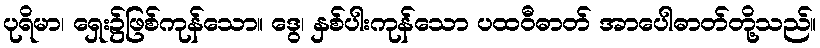
ပုရိမာ၊ ရှေး၌ဖြစ်ကုန်သော။ ဒွေ၊ နှစ်ပါးကုန်သော ပထဝီဓာတ် အာပေါဓာတ်တို့သည်။